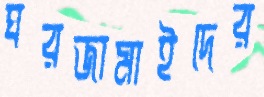
ঘরজামাইদের